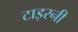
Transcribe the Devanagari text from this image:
टाइरनी